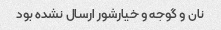
نان و گوجه و خیارشور ارسال نشده بود